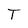
Character: T